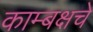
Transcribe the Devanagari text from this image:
काम्बक्षचे